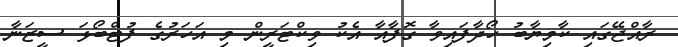
ރާއްޖޭގައި ކާމިޔާބު ހޯދާފައިވާ ގޮފާއާ އެކު ވިކްޓަރީން މި އަހަރުގެ ފުޓްބޯޅަ ސީޒަނާ